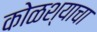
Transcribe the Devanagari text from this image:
कोळश्याचा